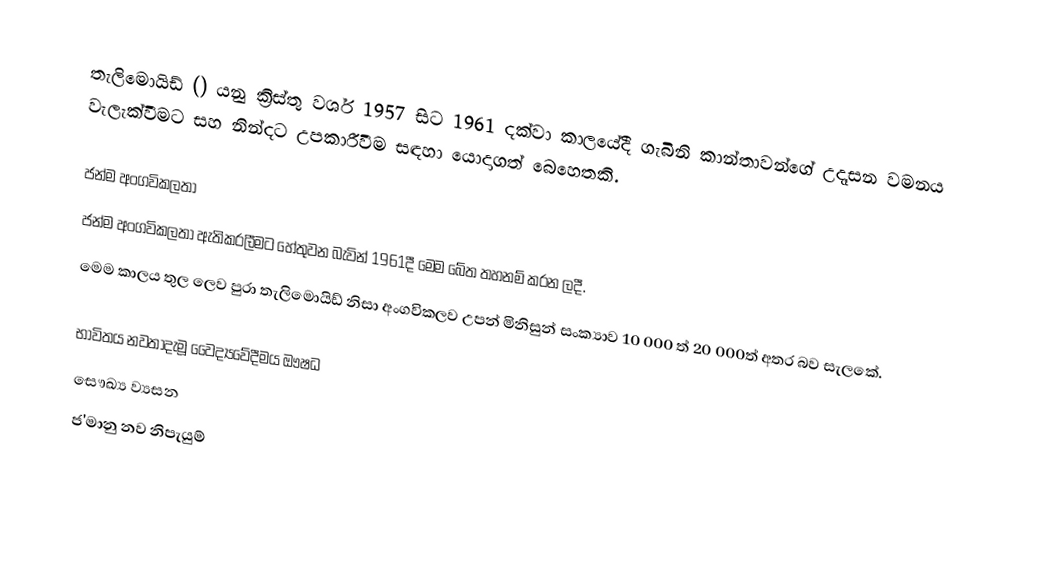
තැලිමොයිඩ් () යනු ක්‍රිස්තු වර්ශ 1957 සිට 1961 දක්වා කාලයේදී ගැබිනි කාන්තාවන්ගේ උදෑසන වමනය වැලැක්වීමට සහ නින්දට උපකාරීවීම සඳහා යොදාගත් බෙහෙතකි.

ජන්ම අංගවිකලතා
ජන්ම අංගවිකලතා ඇතිකරලීමට හේතුවන බැවින් 1961දී මෙම බේත තහනම් කරන ලදී.
මෙම කාලය තුල ලෙව පුරා තැලිමොයිඩ් නිසා අංගවිකලව උපන් මිනිසුන් සංක්‍යාව 10 000 ත් 20 000ත් අතර බව සැලකේ.

භාවිතය නවතාදැමූ වෛද්‍යවේදීමය ඖෂධ
සෞඛ්‍ය ව්‍යසන
ජ'මානු නව නිපැයුම්